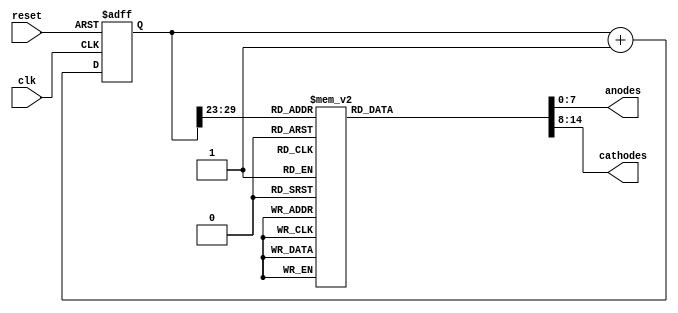
`timescale 1ns / 1ps
//////////////////////////////////////////////////////////////////////////////////
// Company: 
// Engineer: 
// 
// Design Name: 
// Module Name: Snake_pattern_on_SSD
// Project Name: 
// Target Devices: 
// Tool Versions: 
// Description: 
// 
// Dependencies: 
// 
// Revision:
// Revision 0.01 - File Created
// Additional Comments:
// 
//////////////////////////////////////////////////////////////////////////////////


module Snake_pattern_on_SSD(anodes, cathodes, clk, reset);
input clk, reset; 
output reg [7:0] anodes;
output reg [6:0] cathodes; 

parameter N = 30;  // 100 MHz /(2**17) ~= 763 Hz  : 1/763 Hz = 1.31 ms
 
// internal registers
reg [N-1:0] current_state;  
wire [N-1:0] next_state;

// 
  

// current_state logic
always@(posedge clk, posedge reset)
begin
    if(reset)
        current_state <= 0;
    else 
        current_state <= next_state;     
end


// next_state logic
assign next_state = current_state + 1; 

wire [6:0] Outt1, Outt2, Outt3, Outt4, Outt5, Outt6, Outt7; 


// output logic 
always@(*)
begin
    case(current_state[N-1:N-7])
    7'b0000000 : begin   anodes = 8'b11111110;
                    cathodes = Outt2; end

    7'b0000001 : begin   anodes = 8'b11111110;
                    cathodes = Outt7; end

    7'b0000010 : begin   anodes = 8'b11111101;
                    cathodes = Outt7; end

    7'b0000011 : begin   anodes = 8'b11111011;
                    cathodes = Outt7; end

    7'b0000100 : begin   anodes = 8'b11110111;
                    cathodes = Outt7; end

    7'b0000101 : begin   anodes = 8'b11101111;
                    cathodes = Outt7; end

    7'b0000110 : begin   anodes = 8'b11011111;
                    cathodes = Outt7; end

    7'b0000111 : begin   anodes = 8'b10111111;
                    cathodes = Outt7; end

    7'b0001000 : begin   anodes = 8'b01111111;
                    cathodes = Outt7; end

    7'b0001001 : begin   anodes = 8'b01111111;
                    cathodes = Outt5; end

    7'b0001010 : begin   anodes = 8'b01111111;
                    cathodes = Outt4; end

    7'b0001011 : begin   anodes = 8'b10111111;
                    cathodes = Outt4; end

    7'b0001100 : begin   anodes = 8'b11011111;
                    cathodes = Outt4; end

    7'b0001101 : begin   anodes = 8'b11101111;
                    cathodes = Outt4; end

    7'b0001110 : begin   anodes = 8'b11110111;
                    cathodes = Outt4; end

    7'b0001111 : begin   anodes = 8'b11111011;
                    cathodes = Outt4; end

    7'b0010000 : begin   anodes = 8'b11111101;
                    cathodes = Outt4; end

    7'b0010001 : begin   anodes = 8'b11111110;
                    cathodes = Outt4; end

    7'b0010010 : begin   anodes = 8'b11111110;
                    cathodes = Outt3; end

    7'b0010011 : begin   anodes = 8'b11111110;
                    cathodes = Outt2; end

    7'b0010100 : begin   anodes = 8'b11111110;
                    cathodes = Outt1; end

    7'b0010101 : begin   anodes = 8'b11111110;
                    cathodes = Outt6; end

    7'b0010110 : begin   anodes = 8'b11111110;
                    cathodes = Outt5; end

    7'b0010111 : begin   anodes = 8'b11111101;
                    cathodes = Outt3; end

    7'b0011000 : begin   anodes = 8'b11111101;
                    cathodes = Outt2; end

    7'b0011001 : begin   anodes = 8'b11111101;
                    cathodes = Outt1; end

    7'b0011010 : begin   anodes = 8'b11111101;
                    cathodes = Outt6; end

    7'b0011011 : begin   anodes = 8'b11111101;
                    cathodes = Outt5; end

    7'b0011100 : begin   anodes = 8'b11111011;
                    cathodes = Outt3; end

    7'b0011101 : begin   anodes = 8'b11111011;
                    cathodes = Outt2; end

    7'b0011110 : begin   anodes = 8'b11111011;
                    cathodes = Outt1; end

    7'b0011111 : begin   anodes = 8'b11111011;
                    cathodes = Outt6; end

    7'b0100000 : begin   anodes = 8'b11111011;
                    cathodes = Outt5; end

    7'b0100001 : begin   anodes = 8'b11110111;
                    cathodes = Outt3; end

    7'b0100010 : begin   anodes = 8'b11110111;
                    cathodes = Outt2; end

    7'b0100011 : begin   anodes = 8'b11110111;
                    cathodes = Outt1; end

    7'b0100100 : begin   anodes = 8'b11110111;
                    cathodes = Outt6; end

    7'b0100101 : begin   anodes = 8'b11110111;
                    cathodes = Outt5; end

    7'b0100110 : begin   anodes = 8'b11101111;
                    cathodes = Outt3; end

    7'b0100111 : begin   anodes = 8'b11101111;
                    cathodes = Outt2; end

    7'b0101000 : begin   anodes = 8'b11101111;
                    cathodes = Outt1; end

    7'b0101001 : begin   anodes = 8'b11101111;
                    cathodes = Outt6; end

    7'b0101010 : begin   anodes = 8'b11101111;
                    cathodes = Outt5; end

    7'b0101011 : begin   anodes = 8'b11011111;
                    cathodes = Outt3; end

    7'b0101100 : begin   anodes = 8'b11011111;
                    cathodes = Outt2; end

    7'b0101101 : begin   anodes = 8'b11011111;
                    cathodes = Outt1; end

    7'b0101110 : begin   anodes = 8'b11011111;
                    cathodes = Outt6; end

    7'b0101111 : begin   anodes = 8'b11011111;
                    cathodes = Outt5; end

    7'b0110000 : begin   anodes = 8'b10111111;
                    cathodes = Outt3; end

    7'b0110001 : begin   anodes = 8'b10111111;
                    cathodes = Outt2; end

    7'b0110010 : begin   anodes = 8'b10111111;
                    cathodes = Outt1; end

    7'b0110011 : begin   anodes = 8'b10111111;
                    cathodes = Outt6; end

    7'b0110100 : begin   anodes = 8'b10111111;
                    cathodes = Outt5; end

    7'b0110101 : begin   anodes = 8'b01111111;
                    cathodes = Outt3; end

    7'b0110110 : begin   anodes = 8'b01111111;
                    cathodes = Outt2; end

    7'b0110111 : begin   anodes = 8'b01111111;
                    cathodes = Outt1; end

    7'b0111000 : begin   anodes = 8'b01111111;
                    cathodes = Outt6; end

    7'b0111001 : begin   anodes = 8'b01111111;
                    cathodes = Outt5; end

    7'b0111010 : begin   anodes = 8'b01111111;
                    cathodes = Outt4; end

    7'b0111011 : begin   anodes = 8'b10111111;
                    cathodes = Outt4; end

    7'b0111100 : begin   anodes = 8'b11011111;
                    cathodes = Outt4; end

    7'b0111101 : begin   anodes = 8'b11101111;
                    cathodes = Outt4; end

    7'b0111110 : begin   anodes = 8'b11110111;
                    cathodes = Outt4; end

    7'b0111111 : begin   anodes = 8'b11111011;
                    cathodes = Outt4; end

    7'b1000000 : begin   anodes = 8'b11111101;
                    cathodes = Outt4; end

    7'b1000001 : begin   anodes = 8'b11111110;
                    cathodes = Outt4; end

    7'b1000010 : begin   anodes = 8'b11111110;
                    cathodes = Outt3; end

    7'b1000011 : begin   anodes = 8'b11111110;
                    cathodes = Outt7; end

    7'b1000100 : begin   anodes = 8'b11111101;
                    cathodes = Outt7; end

    7'b1000101 : begin   anodes = 8'b11111011;
                    cathodes = Outt7; end

    7'b1000110 : begin   anodes = 8'b11110111;
                    cathodes = Outt7; end

    7'b1000111 : begin   anodes = 8'b11101111;
                    cathodes = Outt7; end

    7'b1001000 : begin   anodes = 8'b11011111;
                    cathodes = Outt7; end

    7'b1001001 : begin   anodes = 8'b10111111;
                    cathodes = Outt7; end

    7'b1001010 : begin   anodes = 8'b01111111;
                    cathodes = Outt7; end

    7'b1001011 : begin   anodes = 8'b01111111;
                    cathodes = Outt6; end

    7'b1001100 : begin   anodes = 8'b01111111;
                    cathodes = Outt1; end

    7'b1001101 : begin   anodes = 8'b01111111;
                    cathodes = Outt2; end

    7'b1001110 : begin   anodes = 8'b01111111;
                    cathodes = Outt3; end

    7'b1001111 : begin   anodes = 8'b10111111;
                    cathodes = Outt5; end

    7'b1010000 : begin   anodes = 8'b10111111;
                    cathodes = Outt6; end

    7'b1010001 : begin   anodes = 8'b10111111;
                    cathodes = Outt1; end

    7'b1010010 : begin   anodes = 8'b10111111;
                    cathodes = Outt2; end

    7'b1010011 : begin   anodes = 8'b10111111;
                    cathodes = Outt3; end

    7'b1010100 : begin   anodes = 8'b11011111;
                    cathodes = Outt5; end

    7'b1010101 : begin   anodes = 8'b11011111;
                    cathodes = Outt6; end

    7'b1010110 : begin   anodes = 8'b11011111;
                    cathodes = Outt1; end

    7'b1010111 : begin   anodes = 8'b11011111;
                    cathodes = Outt2; end

    7'b1011000 : begin   anodes = 8'b11011111;
                    cathodes = Outt3; end

    7'b1011001 : begin   anodes = 8'b11101111;
                    cathodes = Outt5; end

    7'b1011010 : begin   anodes = 8'b11101111;
                    cathodes = Outt6; end

    7'b1011011 : begin   anodes = 8'b11101111;
                    cathodes = Outt1; end

    7'b1011100 : begin   anodes = 8'b11101111;
                    cathodes = Outt2; end

    7'b1011101 : begin   anodes = 8'b11101111;
                    cathodes = Outt3; end

    7'b1011110 : begin   anodes = 8'b11110111;
                    cathodes = Outt5; end

    7'b1011111 : begin   anodes = 8'b11110111;
                    cathodes = Outt6; end

    7'b1100000 : begin   anodes = 8'b11110111;
                    cathodes = Outt1; end

    7'b1100001 : begin   anodes = 8'b11110111;
                    cathodes = Outt2; end

    7'b1100010 : begin   anodes = 8'b11110111;
                    cathodes = Outt3; end

    7'b1100011 : begin   anodes = 8'b11111011;
                    cathodes = Outt5; end

    7'b1100100 : begin   anodes = 8'b11111011;
                    cathodes = Outt6; end

    7'b1100101 : begin   anodes = 8'b11111011;
                    cathodes = Outt1; end

    7'b1100110 : begin   anodes = 8'b11111011;
                    cathodes = Outt2; end

    7'b1100111 : begin   anodes = 8'b11111011;
                    cathodes = Outt3; end

    7'b1101000 : begin   anodes = 8'b11111101;
                    cathodes = Outt5; end

    7'b1101001 : begin   anodes = 8'b11111101;
                    cathodes = Outt6; end

    7'b1101010 : begin   anodes = 8'b11111101;
                    cathodes = Outt1; end

    7'b1101011 : begin   anodes = 8'b11111101;
                    cathodes = Outt2; end

    7'b1101100 : begin   anodes = 8'b11111101;
                    cathodes = Outt3; end

    7'b1101101 : begin   anodes = 8'b11111110;
                    cathodes = Outt5; end

    7'b1101110 : begin   anodes = 8'b11111110;
                    cathodes = Outt6; end

    7'b1101111 : begin   anodes = 8'b11111110;
                    cathodes = Outt1; end
                                        
    default : begin anodes = 8'b00000000;
                    cathodes = 7'b1111111; end                               
    
    endcase
end


assign Outt1 = 7'b1111110;// a segment high
assign Outt2 = 7'b1111101;// b segment high
assign Outt3 = 7'b1111011;// c segment high
assign Outt4 = 7'b1110111;// d segment high
assign Outt5 = 7'b1101111;// e segment high
assign Outt6 = 7'b1011111;// f segment high
assign Outt7 = 7'b0111111;// g segment high

endmodule